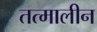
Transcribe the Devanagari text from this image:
तत्मालीन